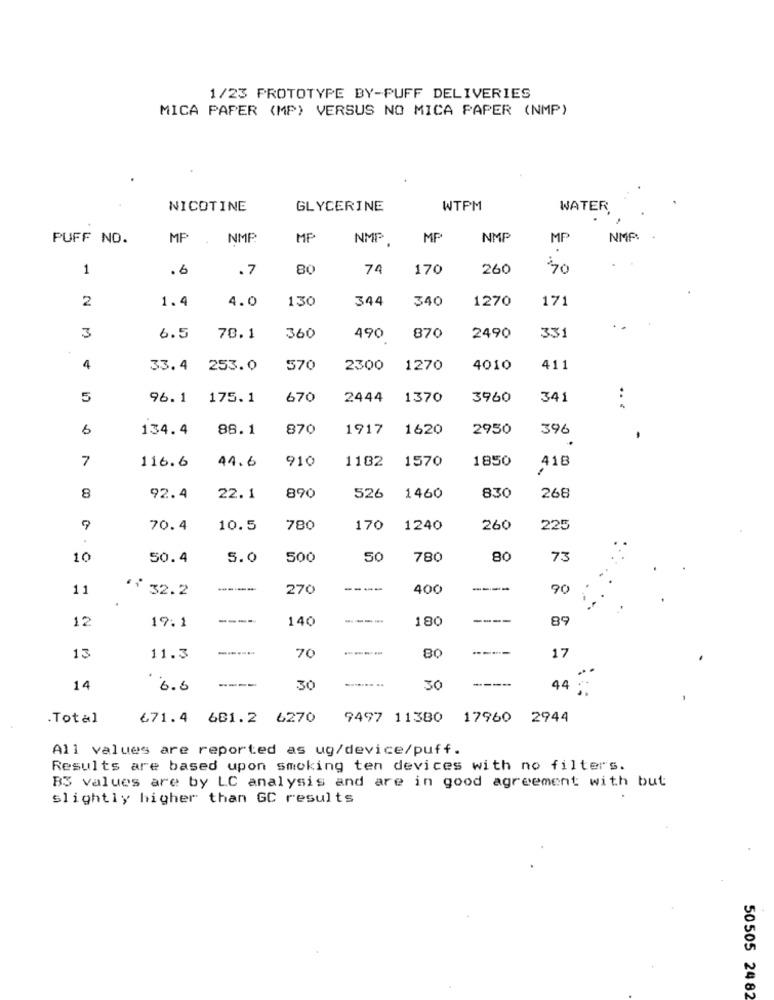
1/23 PROTOTYPE BY-PUFF DELIVERIES
MICA PAPER (MP) VERSUS NO MICA PAPER (NMP)
NICOTINE
GLYCERINE
WTPM
WATER
PUFF NO.
MP
NMP
MP
NMP
MP
NMP
MP
NMP
1
.6
.7
80
74
170
260
70
2
1.4
4.0
130
344
340
1270
17
3
2490
331
6.5
78.1
360
490
870
4
33.4 253.0
570
2300
1270
4010
411
5
96.1 175.1
670
2444
1370
3960
341
...
6
134.4 88.1
870
1917
1620
2950
396
7
116.6
44.6
910
1182
1570
1850
418
8
890
526
830
92.4
22.1
1460
268
70.4
10.5
780
170
1240
260
225
10
50.4
5.0
500
50
780
80
73
11
. 32.2
------
270
----
400
----
90
12
19.1
----
140
----
180
----
89
------
----
80
----
17
13
11.3
70
----
14
6.6
----
30
30
44
.Total
671.4 681.2 6270
9497 11380 17960 2944
All values are reported as ug/device/puff.
Results are based upon smoking ten devices with no filters.
B3 values are by LC analysis and are in good agreement with but
Slightly higher than GC results
50505 2482